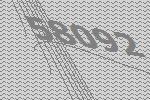
58092